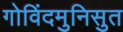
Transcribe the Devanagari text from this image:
गोविंदमुनिसुत